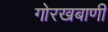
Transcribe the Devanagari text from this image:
गोरखबाणी